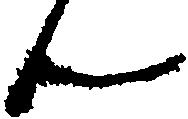
ん